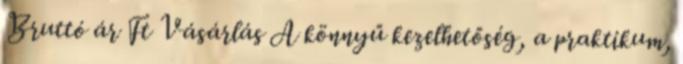
Bruttó ár Ft Vásárlás A könnyű kezelhetőség, a praktikum,